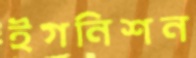
ইগনিশন